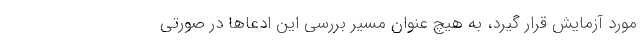
مورد آزمایش قرار گیرد، به هیچ عنوان مسیر بررسی این ادعاها در صورتی